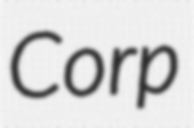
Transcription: Corp